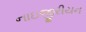
નાઇજીરીયન